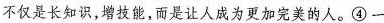
不仅是长知识，增技能，而是让人成为更加完美的人。④一